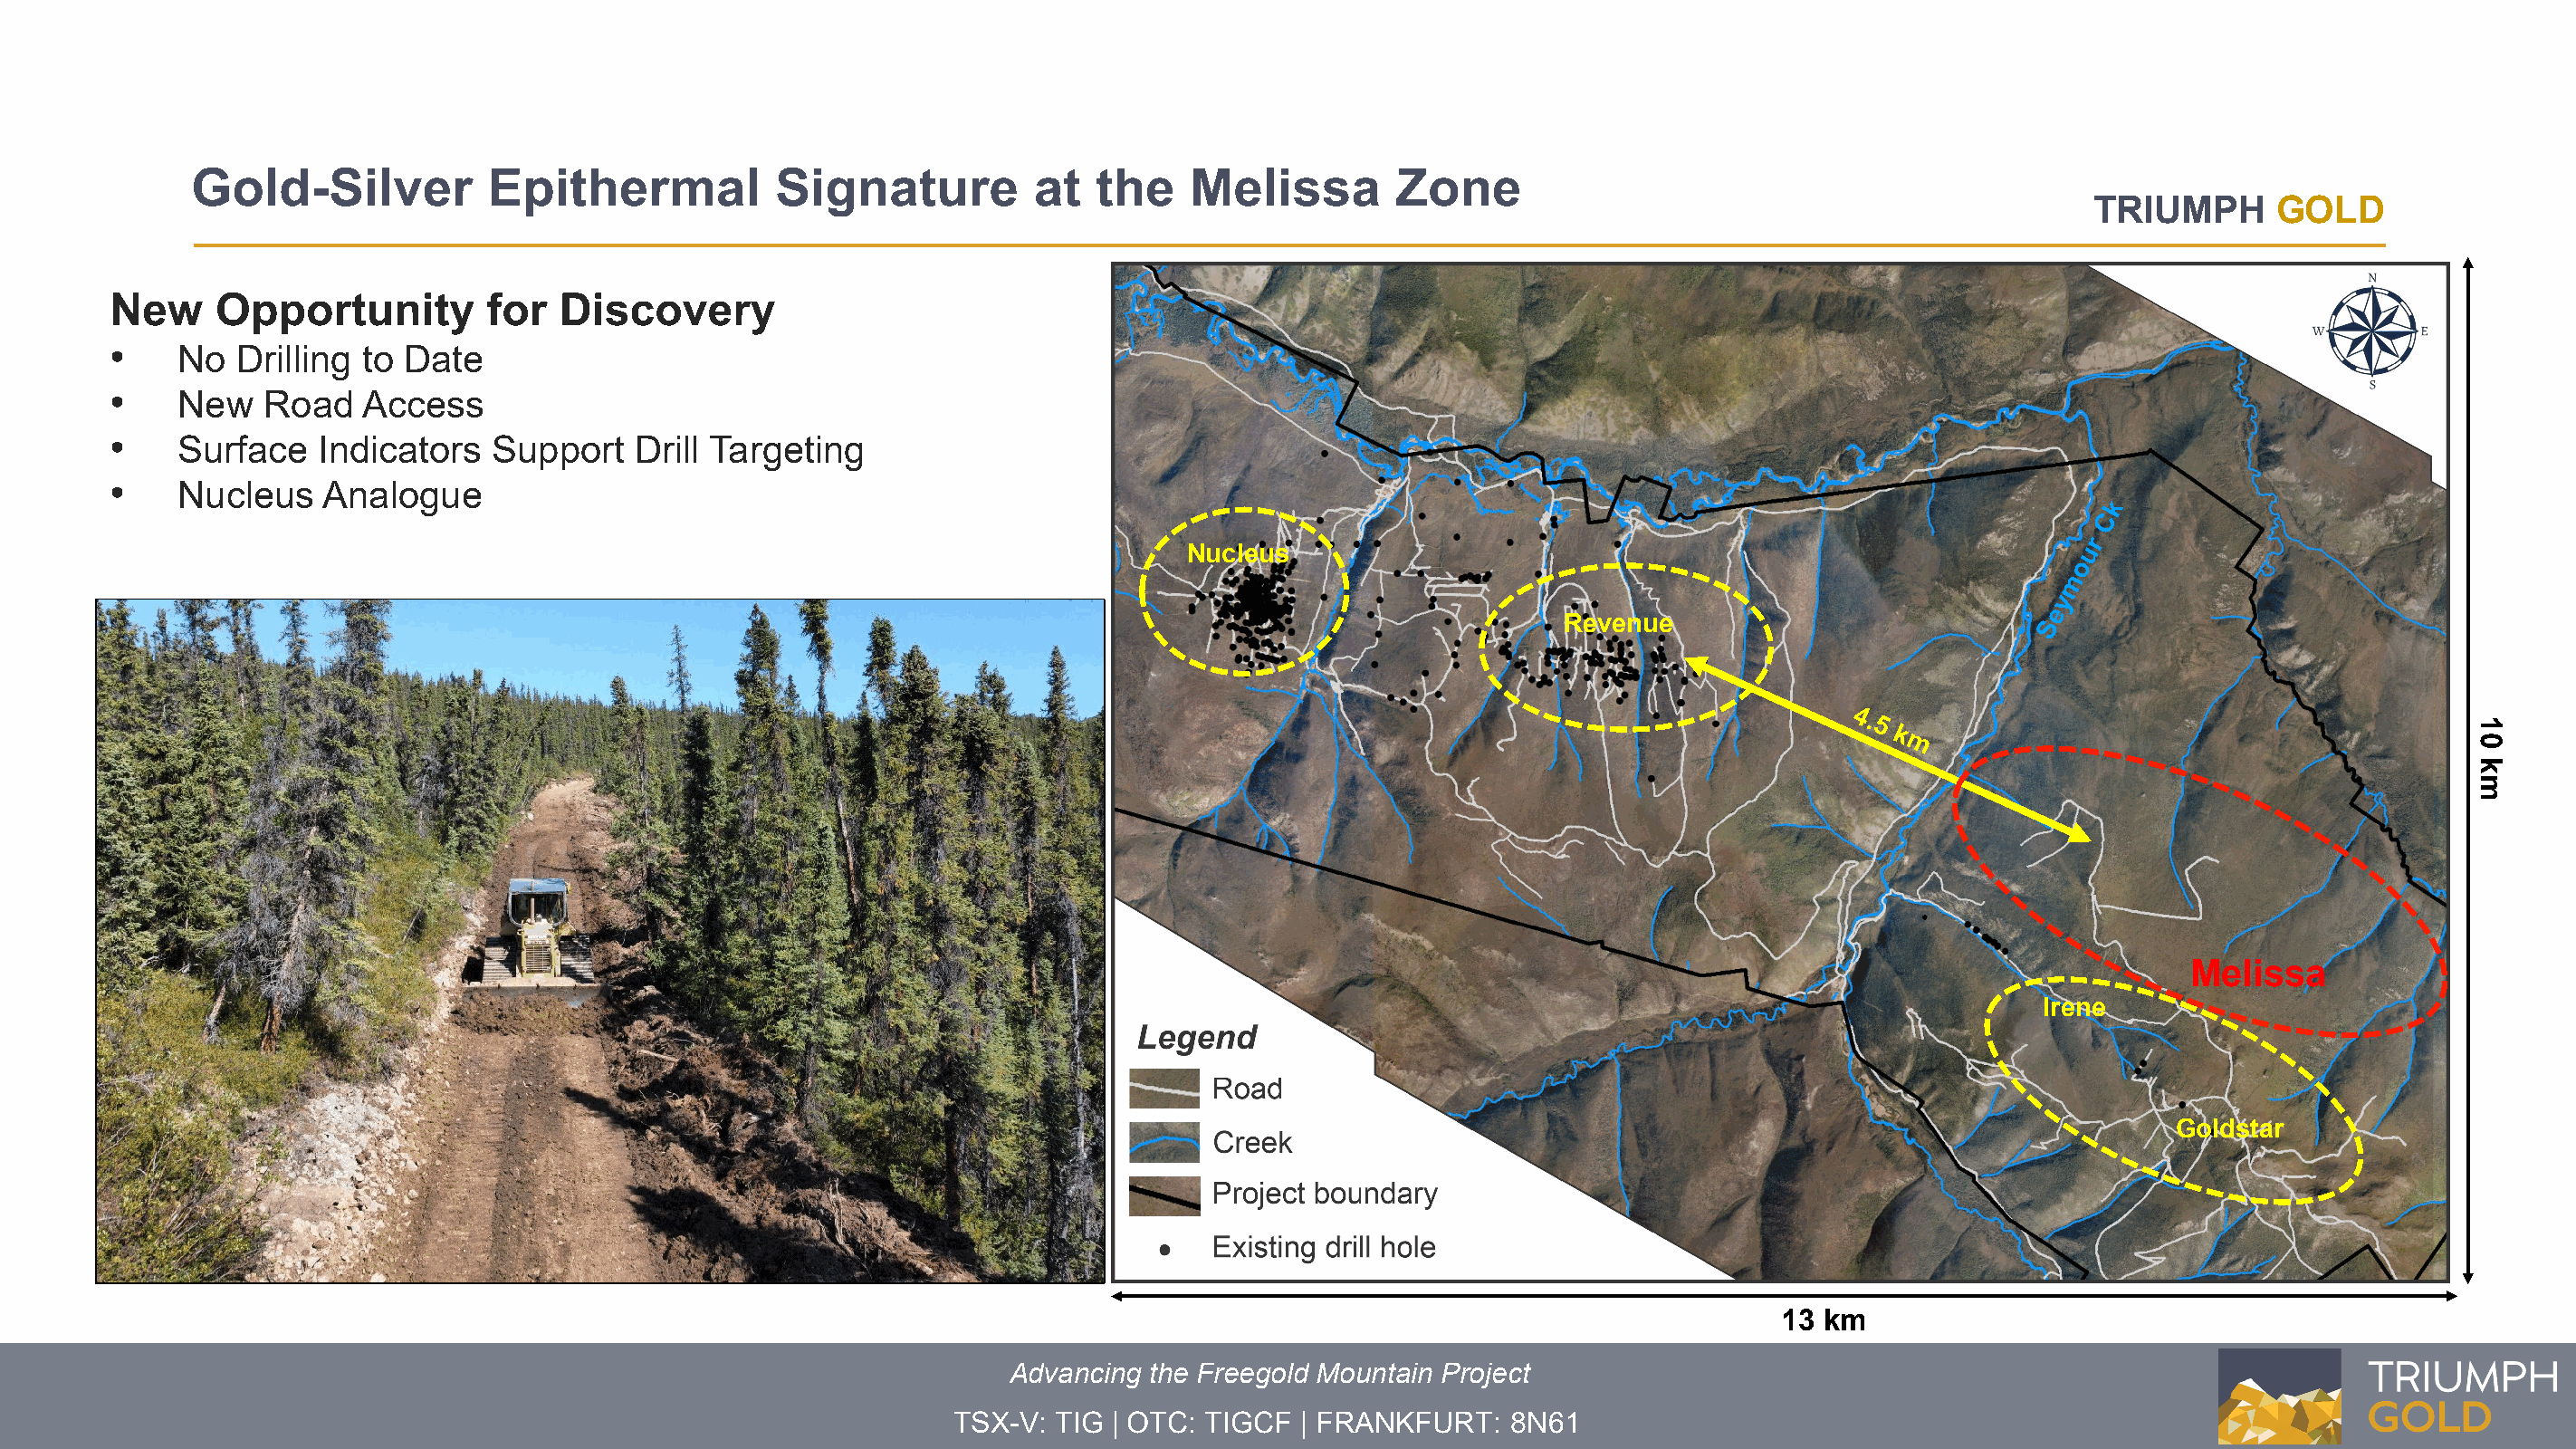
Gold-Silver           Epithermal           Signature          at  the    Melissa        Zone
 TRIUMPH      GOLD
 New     Opportunity         for  Discovery
 •    No  Drilling  to Date
 •    New   Road   Access
 •    Surface   Indicators   Support   Drill Targeting
 •    Nucleus    Analogue
 Nucleus
 Revenue
 Melissa
 Irene
 Goldstar
 13 km
 Advancing the Freegold Mountain Project
 TSX-V: TIG | OTC: TIGCF  | FRANKFURT:   8N61
 10
 km